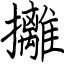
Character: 攡